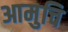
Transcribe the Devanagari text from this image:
आमुचि